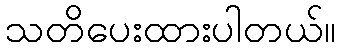
သတိပေးထားပါတယ်။